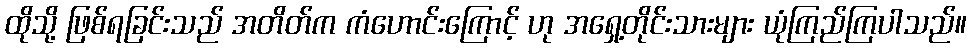
ထိုသို့ ဖြစ်ရခြင်းသည် အတိတ်က ကံဟောင်းကြောင့် ဟု အရှေ့တိုင်းသားများ ယုံကြည်ကြပါသည်။